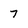
Character: 7